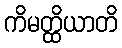
ကိမတ္ထိယာတိ